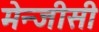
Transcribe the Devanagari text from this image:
मेन्जीसी